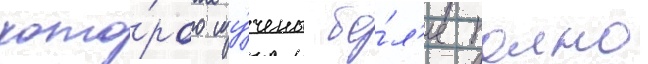
кото́рого изу́чены бо́л'ее полно